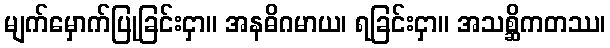
မျက်မှောက်ပြုခြင်းငှာ။ အနဓိဂမာယ၊ ရခြင်းငှာ။ အသစ္ဆိကတဿ၊